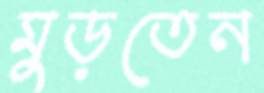
মুড়তেন